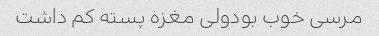
مرسی خوب بودولی مغزه پسته کم داشت